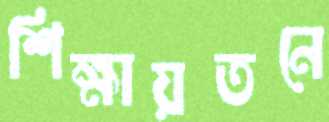
শিক্ষায়তনে